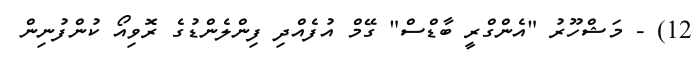
12) - މަޝްހޫރު "އެންގްރީ ބާޑްސް" ގޭމް އުފެއްދި ފިންލެންޑުގެ ރޮވިއޯ ކުންފުނިން